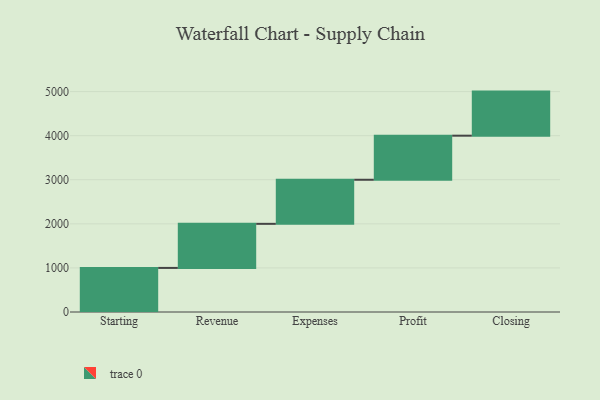
{"axis": {"x": "Step", "y": "Value"}, "legend": [""], "data": [{"x": "Starting", "y": 1000, "type": ""}, {"x": "Revenue", "y": 1000, "type": ""}, {"x": "Expenses", "y": 1000, "type": ""}, {"x": "Profit", "y": 1000, "type": ""}, {"x": "Closing", "y": 1000, "type": ""}]}